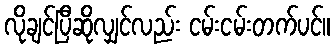
လိုချင်ပြီဆိုလျှင်လည်း ငမ်းငမ်းတက်ပင်။